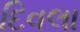
દિવલા